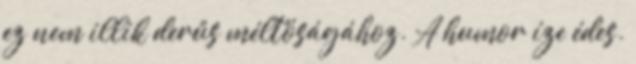
ez nem illik derűs méltóságához. A humor íze édes.